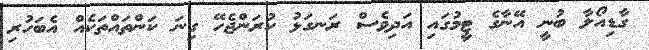
ގާޑިއޯލާ ބުނީ އޭނާގެ ޓީމުގައި އަދިވެސް ރަނގަޅު ކުރަންޖެހޭ ގިނަ ކަންތައްތަކެއް އެބަހުރި